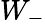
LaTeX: W_{-}